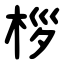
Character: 桚